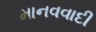
માનવવાદી